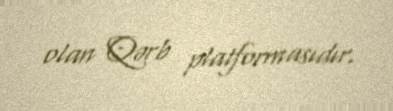
olan Qərb platformasıdır.